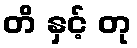
တိ နှင့် တု